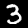
Digit: 3